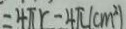
= 4 \pi r - 4 \pi ( c m ^ { 2 } )